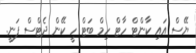
ޔޭސް އައި ކާންޓް ހާޓް ހިމް ބަޓް ހީ ކޭން ދެޓްސް ފަނީ.